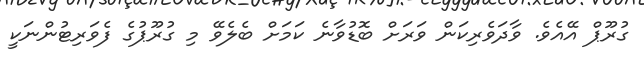
ގުރޫޕް އޭއެވެ. ވާދަވެރިކަން ވަރަށް ބޮޑުވާނެ ކަމަށް ބެލެވޭ މި ގުރޫޕުގެ ފެވަރިޓުންނަކީ